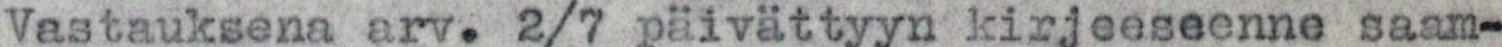
Vastauksena arv. 2/7 päivättyyn kirjeeseenne saam-